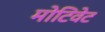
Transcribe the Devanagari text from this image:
मोटिवेट